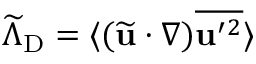
\widetilde { \Lambda } _ { \mathrm { { D } } } = \langle { ( \widetilde { \bf { u } } \cdot \nabla ) \overline { { { \bf { u } } ^ { \prime } { } ^ { 2 } } } } \rangle